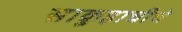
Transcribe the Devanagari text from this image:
साकुहाचीचे